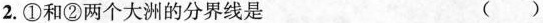
2.①和②两个大洲的分界线是 ( )